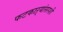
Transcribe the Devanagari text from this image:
फटकाऱ्यांसरशी